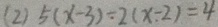
( 2 ) 5 ( x - 3 ) \div 2 ( x - 2 ) = 4